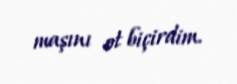
maşını ot biçirdim.